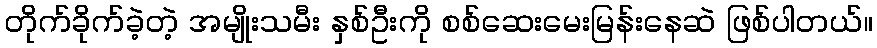
တိုက်ခိုက်ခဲ့တဲ့ အမျိုးသမီး နှစ်ဦးကို စစ်ဆေးမေးမြန်းနေဆဲ ဖြစ်ပါတယ်။